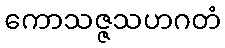
ကောသဇ္ဇသဟဂတံ